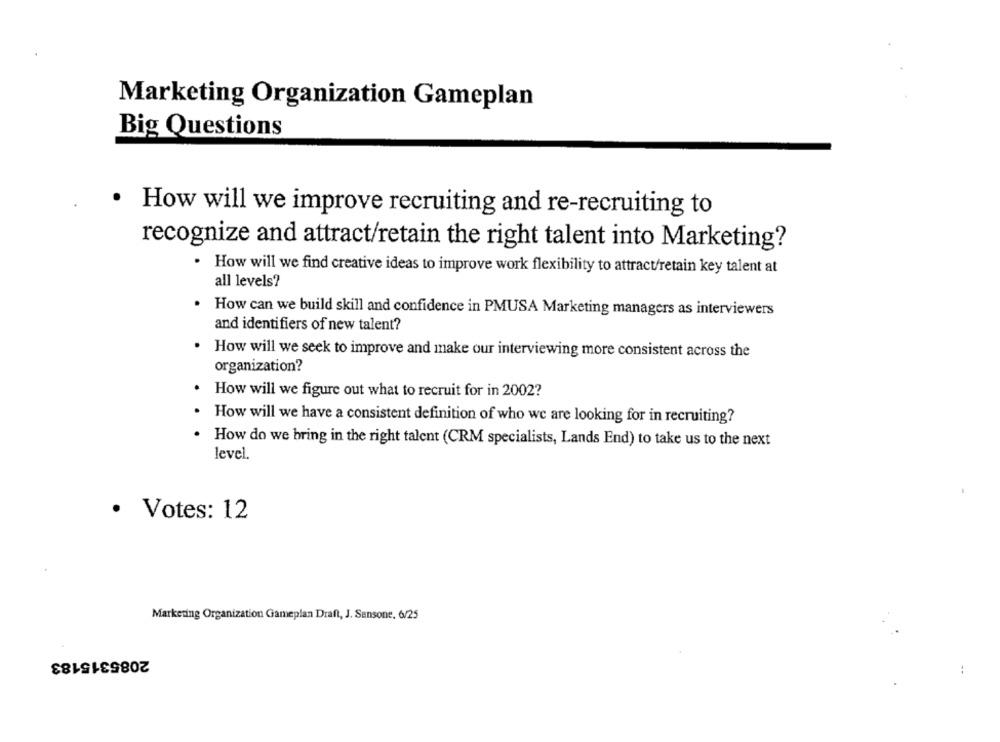
Marketing Organization Gameplan
Big Questions
How will we improve recruiting and re-recruiting to
recognize and attract/retain the right talent into Marketing?
. How will we find creative ideas to improve work flexibility to attract/retain key talent at
all levels?
. How can we build skill and confidence in PMUSA Marketing managers as interviewers
and identifiers of new talent?
. How will we seek to improve and make our interviewing more consistent across the
organization?
. How will we figure out what to recruit for in 2002?
How will we have a consistent definition of who we are looking for in recruiting?
. How do we bring in the right talent (CRM specialists, Lands End) to take us to the next
level.
· Votes: 12
Marketing Organization Gameplan Draft, J. Sansone. 6/25
2085315183